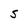
Character: S